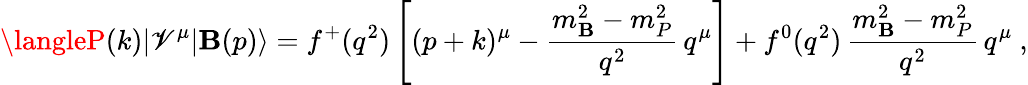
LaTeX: \langleP(k)|\mathscr{V}^{\mu}|\mathbf{B}(p)\rangle=f^{+}(q^{2})\left[(p+k)^{\mu}-\frac{{m_{\mathbf{B}}^{2}-m_{P}^{2}}}{{q^{2}}}\, q^{\mu}\right]+f^{0}(q^{2})\, \frac{{m_{\mathbf{B}}^{2}-m_{P}^{2}}}{{q^{2}}}\, q^{\mu}\ ,